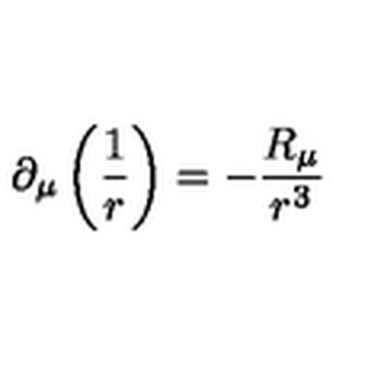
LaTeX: \partial _ { \mu } \left( \frac 1 r \right) = - \frac { R _ { \mu } } { r ^ { 3 } }